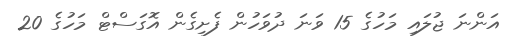
އަންނަ ޖުލައި މަހުގެ 15 ވަނަ ދުވަހުން ފެށިގެން އޮގަސްޓް މަހުގެ 20